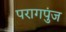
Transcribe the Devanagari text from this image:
परागपुंज